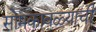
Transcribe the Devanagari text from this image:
सोमकावळ्याची